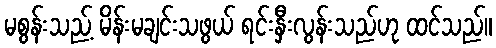
မစွန်းသည့် မိန်းမချင်းသဖွယ် ရင်းနှီးလွန်းသည်ဟု ထင်သည်။